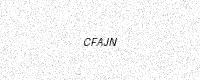
Text: CFAJN